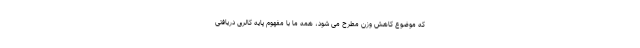
که موضوع کاهش وزن مطرح می شود، همه ما با مفهوم پایه کالری دریافتی